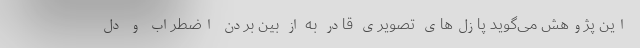
این پژوهش می‌گوید پازل‌های تصویری قادر به از بین بردن اضطراب و دل